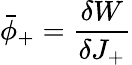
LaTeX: \bar{\phi}_{+}=\frac{\delta W}{\delta J_{+}}